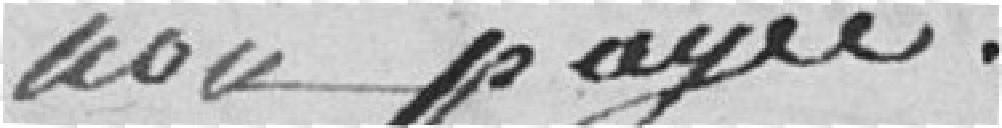
non payée.